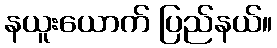
နယူးယောက် ပြည်နယ်။